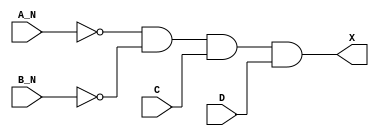
`timescale 1ps/1ps
module cell_and4bb
(
    input wire A_N,
    input wire B_N,
    input wire C,
    input wire D,
    output wire X
);
    assign X = !A_N & !B_N & C & D;
endmodule